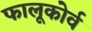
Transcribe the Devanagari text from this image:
फालूकोर्व